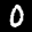
Label: 0